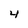
Character: 4